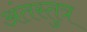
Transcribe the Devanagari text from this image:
अंतस्तुत्र